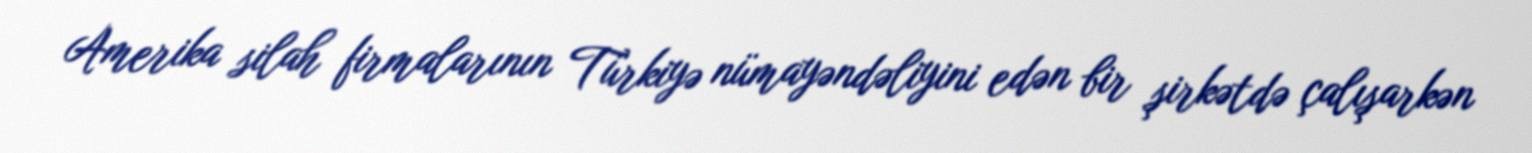
Amerika silah firmalarının Türkiyə nümayəndəliyini edən bir şirkətdə çalışarkən